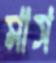
মাস